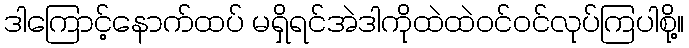
ဒါကြောင့်နောက်ထပ် မရှိရင်အဲဒါကိုထဲထဲဝင်ဝင်လုပ်ကြပါစို့။